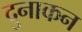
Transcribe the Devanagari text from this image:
दुनाकन